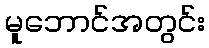
မူဘောင်အတွင်း